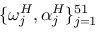
\{ \omega _ { j } ^ { H } , \alpha _ { j } ^ { H } \} _ { j = 1 } ^ { 5 1 }